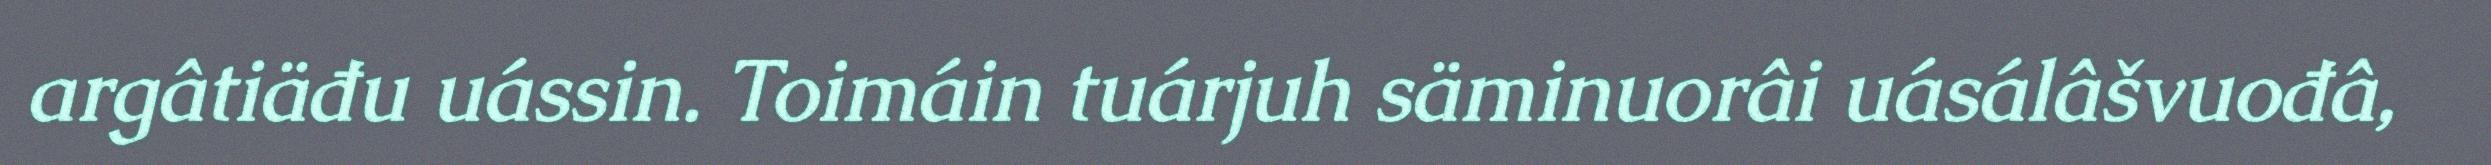
argâtiäđu uássin. Toimáin tuárjuh säminuorâi uásálâšvuođâ,